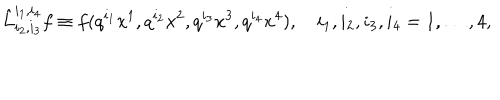
LaTeX: \hat { L } _ { i _ { 2 } , i _ { 3 } } ^ { i _ { 1 } , i _ { 4 } } f \equiv f ( q ^ { i _ { 1 } } x ^ { 1 } , q ^ { i _ { 2 } } x ^ { 2 } , q ^ { i _ { 3 } } x ^ { 3 } , q ^ { i _ { 4 } } x ^ { 4 } ) , \quad i _ { 1 } , i _ { 2 } , i _ { 3 } , i _ { 4 } = 1 , \dots , 4 ,